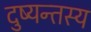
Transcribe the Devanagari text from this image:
दुष्यन्तस्य